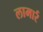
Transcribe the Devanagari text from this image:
लामार्र